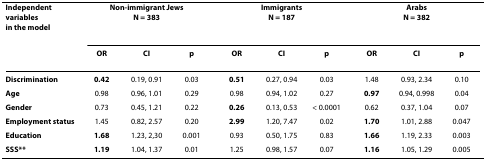
| Independent variables in the model | <COLSPAN=3> Non-immigrant JewsN = 383 | <COLSPAN=3> ImmigrantsN = 187 | <COLSPAN=3> ArabsN = 382 |
 |  | OR | CI | p | OR | CI | p | OR | CI | p |
 | --- | --- | --- | --- | --- | --- | --- | --- | --- | --- |
 | Discrimination | 0.42 | 0.19, 0.91 | 0.03 | 0.51 | 0.27, 0.94 | 0.03 | 1.48 | 0.93, 2.34 | 0.10 |
 | Age | 0.98 | 0.96, 1.01 | 0.29 | 0.98 | 0.94, 1.02 | 0.27 | 0.97 | 0.94, 0.998 | 0.04 |
 | Gender | 0.73 | 0.45, 1.21 | 0.22 | 0.26 | 0.13, 0.53 | < 0.0001 | 0.62 | 0.37, 1.04 | 0.07 |
 | Employment status | 1.45 | 0.82, 2.57 | 0.20 | 2.99 | 1.20, 7.47 | 0.02 | 1.70 | 1.01, 2.88 | 0.047 |
 | Education | 1.68 | 1.23, 2,30 | 0.001 | 0.93 | 0.50, 1.75 | 0.83 | 1.66 | 1.19, 2.33 | 0.003 |
 | SSS** | 1.19 | 1.04, 1.37 | 0.01 | 1.25 | 0.98, 1.57 | 0.07 | 1.16 | 1.05, 1.29 | 0.005 |